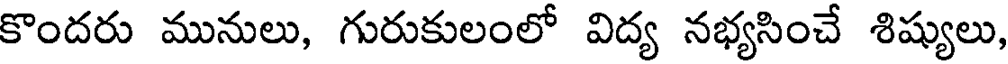
కొందరు మునులు, గురుకులంలో విద్య నభ్యసించే శిష్యులు,